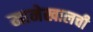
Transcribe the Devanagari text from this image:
मानेखालची